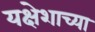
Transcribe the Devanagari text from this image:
यक्षेशाच्या